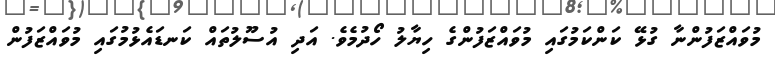
މުވައްޒަފުންނާ ގުޅޭ ކަންކަމުގައި މުވައްޒަފުންގެ ހިޔާލު ހޯދުމެވެ. އަދި އުސޫލުތައް ކަނޑައެޅުމުގައި މުވައްޒަފުން